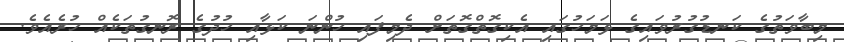
މިބާވަތުގެ ކަނޑުގުރުވައިގެ ޅަމަހުގައި އެކިގޮތްގޮތަށް ދެމިފައި ހުންނަ ކަޅާއި ހުދުގެ ރޮނގުތަކެއް ހުރެއެވެ.